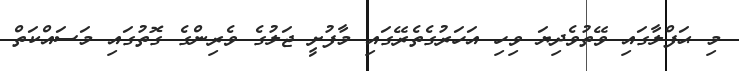
މި ޙަފްލާގައި ވޭތުވެދިޔަ ވިހި އަހަރުގެތެރޭގައި މާފުށީ ޖަލުގެ ވެރިންގެ ގޮތުގައި މަސައްކަތް